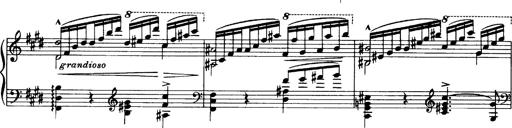
Title: OuvertÃ¼re zu TannhÃ¤user
Composer: Franz Liszt